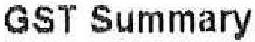
GST SUMMARY